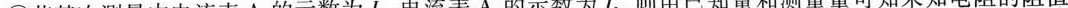
③若某次测量中电流表A_{1}的示数为1_{1}，电流表A_{2}的示数为I_{2}，则由已知量和测量量可知未知电阻的阻值